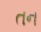
તન